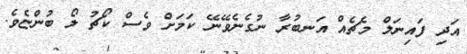
އަދި ފައިނަލް މެޗެއް އަނބުރާ ނުގެނެވޭނޭ ކަމަށް ވެސް ކޯޗު ލޯ ބުންޏެވެ.